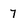
Character: 7